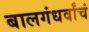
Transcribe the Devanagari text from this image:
बालगंधर्वांचं